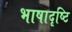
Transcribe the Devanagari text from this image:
भाषादृष्टि